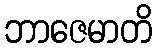
ဘာဇေမာတိ